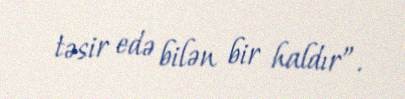
təsir edə bilən bir haldır”.